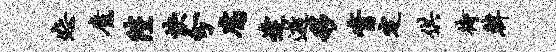
恕魔陛快分腐逢逝移觜定供待韩